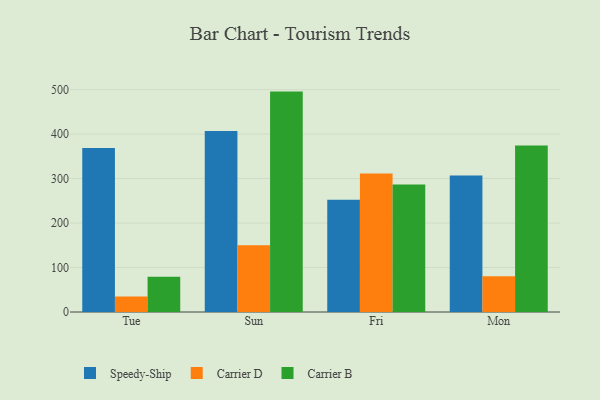
{"axis": {"x": "Day", "y": "Conversion Rate (%)"}, "legend": ["Carrier B", "Carrier D", "Speedy-Ship"], "data": [{"x": "Tue", "y": 368.9, "type": "Speedy-Ship"}, {"x": "Tue", "y": 34.7, "type": "Carrier D"}, {"x": "Tue", "y": 79.5, "type": "Carrier B"}, {"x": "Sun", "y": 407.2, "type": "Speedy-Ship"}, {"x": "Sun", "y": 149.8, "type": "Carrier D"}, {"x": "Sun", "y": 495.5, "type": "Carrier B"}, {"x": "Fri", "y": 252.1, "type": "Speedy-Ship"}, {"x": "Fri", "y": 311.3, "type": "Carrier D"}, {"x": "Fri", "y": 286.4, "type": "Carrier B"}, {"x": "Mon", "y": 306.9, "type": "Speedy-Ship"}, {"x": "Mon", "y": 80.3, "type": "Carrier D"}, {"x": "Mon", "y": 374.5, "type": "Carrier B"}]}